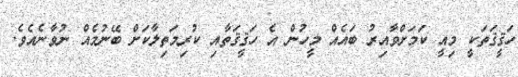
ހަޤީޤަތަކީ މިއީ ކަމަށްވާއިރު ބައެއް މީހުން އެ ހަޤީޤަތާއި ކުރިމަތިލާކަށް ބޭނުމެއް ނުވާނެއެވެ.